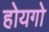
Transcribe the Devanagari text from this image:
होयगो